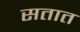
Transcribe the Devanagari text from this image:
सतात